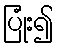
ပြုံး၍